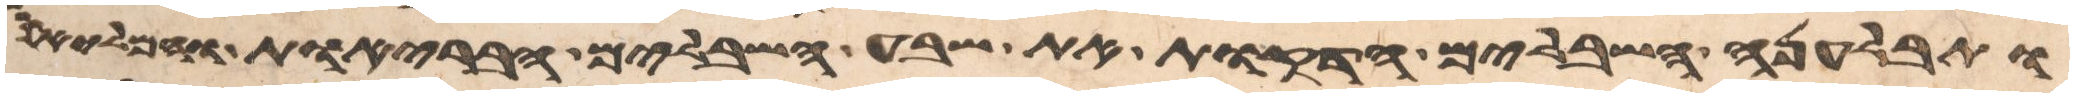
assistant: ותבלענה השבלים הדקות את שבע השבלים הבריות והמליות